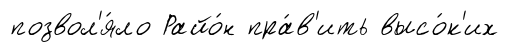
позвол'я́ло Райо́н пра́в'ить высо́к'их